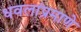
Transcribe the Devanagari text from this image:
धवलांप्रमाणे